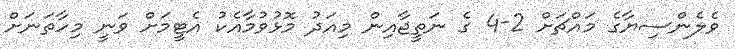
ވެލެންސިޔާގެ މައްޗަށް 2-4 ގެ ނަތީޖާއިން މިއަދު މޮޅުވުމާއެކު އެޓީމަށް ވަނީ މިހާތަނަށް